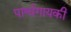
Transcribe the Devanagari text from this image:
पार्श्वगायकी